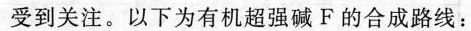
受到关注。以下为有机超强碱F的合成路线：